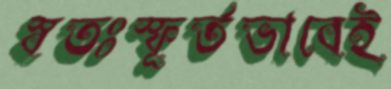
স্বতঃস্ফূর্তভাবেই